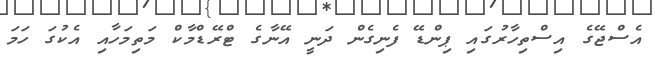
އެސްޖޭގެ އިސްތިހާރުގައި ޕިންޑޭ ފެނިގެން ދަނީ އޭނާގެ ޓްރޭޑްމާކް މަތިމަހާއި އެކުގަ ހަމަ